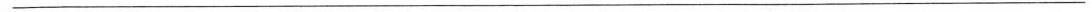
___